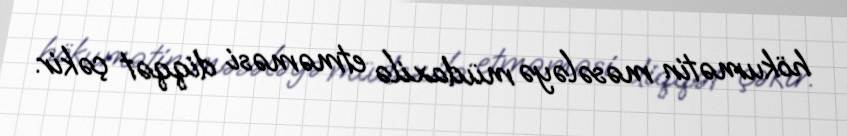
hökumətin məsələyə müdaxilə etməməsi diqqət çəkir.